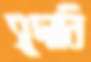
সুদানি